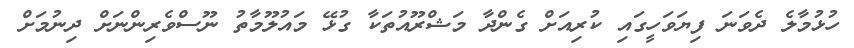
ހުޅުމާލެ ދެވަނަ ފިޔަވަހީގައި ކުރިއަށް ގެންދާ މަޝްރޫއުތަކާ ގުޅޭ މައުލޫމާތު ނޫސްވެރިންނަށް ދިނުމަށް